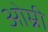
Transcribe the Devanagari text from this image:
ओम्री